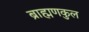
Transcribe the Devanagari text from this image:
ब्राह्मणकुल